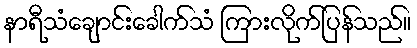
နာရီသံချောင်းခေါက်သံ ကြားလိုက်ပြန်သည်။